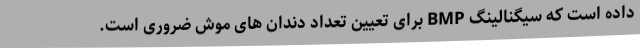
داده است که سیگنالینگ BMP برای تعیین تعداد دندان های موش ضروری است.